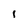
Character: l